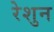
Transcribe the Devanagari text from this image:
रेशुन